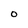
Character: o